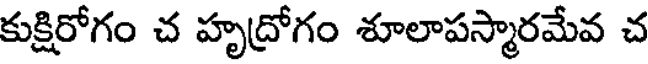
కుక్షిరోగం చ హృద్రోగం శూలాపస్మారమేవ చ